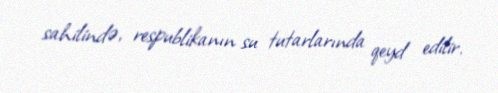
sahilində, respublikanın su tutarlarında qeyd edilir.